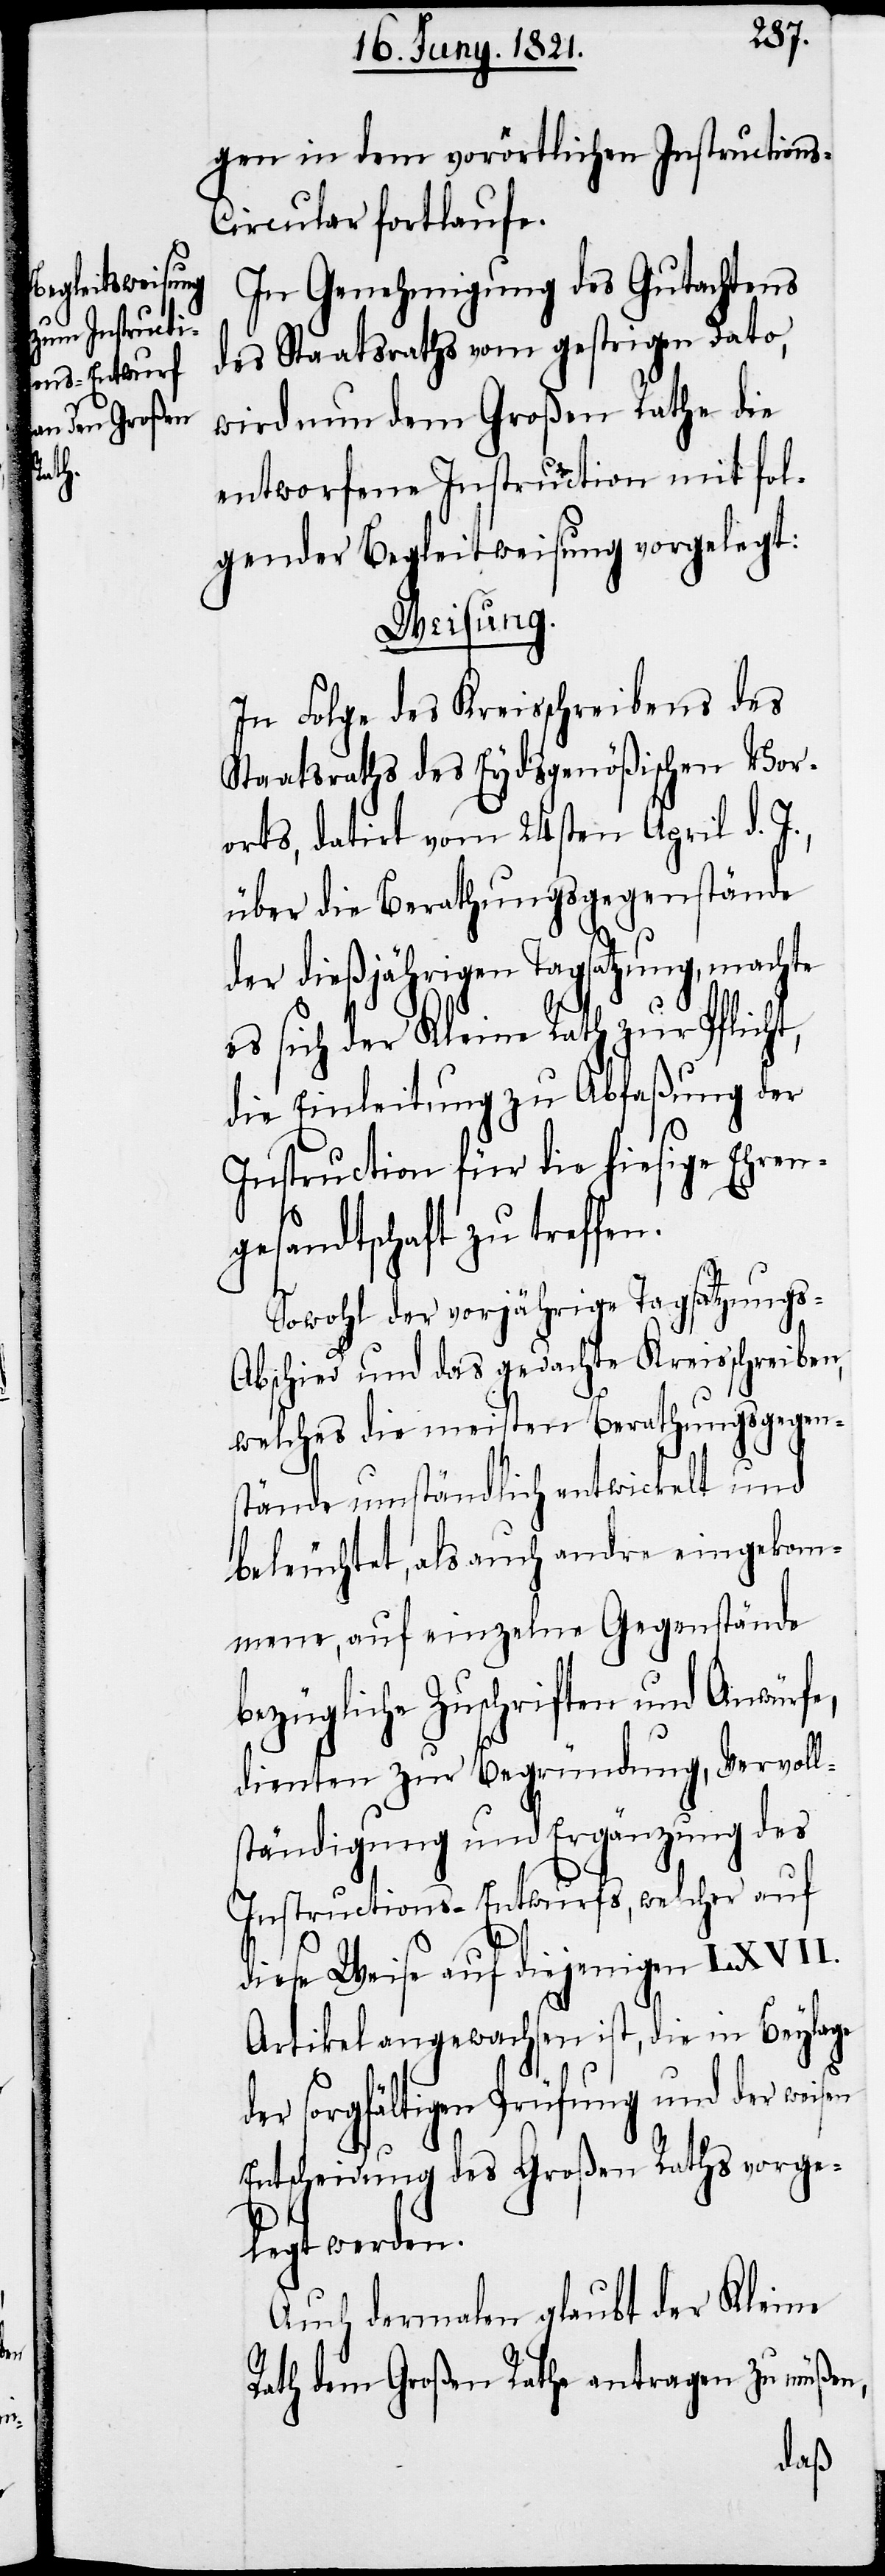
sen

gen in dem vorörtlichen Instruction¬
s-Circular fortlaufe.
In Genehmigung des Gutachtens
des Staatsraths vom gestrigen Dato,
wird nun dem Großen Rathe die
entworfene Instruction mit fol¬
gender Begleitweisung vorgelegt:
Weisung.
In Folge des Kreisschreiben des
Staatsraths des Eydsgenößischen Vor¬
orts, datirt vom 24sten April d.
über die Berathungsgegenstände
der dießjährigen Tagsatzung, machte
es sich der Kleine Rath zur Pflicht,
die Einleitung zu Abfaßung der
Instruction für die hiesige Ehren¬
gesandtschaft zu treffen.
Sowohl der vorjährige Tagsatzungs-A¬
bschied und das gedachte Kreisschreiben,
welches die meisten Berathungsgegen¬
stände umständlich entwickelt und
beleuchtet, als auch andre eingekom¬
mene, auf einzelne Gegenstände
bezügliche Zuschriften und Anwürfe,
dienten zur Begründung, Vervoll¬
ständigung und Ergänzung des
Instructions-Entwurfs, welcher auf
diese Weise auf diejenigen LXVII.
Artikel angewachsen ist, die in Beylage
der sorgfältigen Prüfung und der wei¬
Entscheidung des Großen Raths vorge¬
legt werden.
Auch dermalen glaubt der Kleine
Rath dem Großen Rath antragen zu müßen,